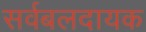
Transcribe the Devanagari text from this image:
सर्वबलदायक